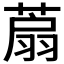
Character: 𦶋